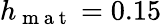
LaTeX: h_{\mathrm{~m~a~t~}}=0.15